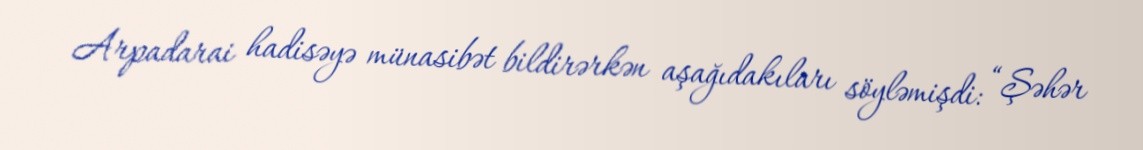
Arpadarai hadisəyə münasibət bildirərkən aşağıdakıları söyləmişdi: “Şəhər